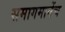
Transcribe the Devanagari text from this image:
समागमानेंच